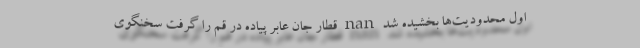
اول محدودیت‌ها بخشیده شد nan قطار جان عابر پیاده در قم را گرفت سخنگوی